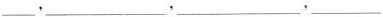
\underline{}